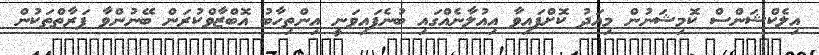
އިލެކްޝަންސް ކޮމިޝަނުން މިއަދު ކޮށްފައިވާ އިއުލާނެއްގައި ބުނެފައިވަނީ އިންތިހާބު އޮބްޒާވްކުރަން ބޭނުންވާ ފަރާތްތަކުން